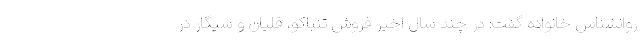
روانشناس خانواده گفت: در چند سال اخیر فروش تنباکو، قلیان و سیگار در